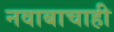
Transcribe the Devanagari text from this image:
नवाबाचाही